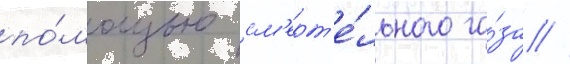
по́мощью см'ерт'е́льного га́за //